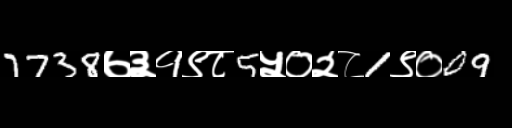
Text: 7738७३१९८5५०२८1९०09